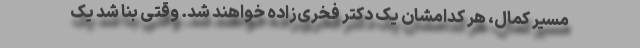
مسیر کمال، هر کدامشان یک دکتر فخری‌زاده خواهند شد. وقتی بنا شد یک